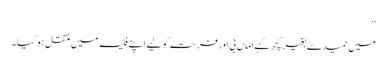
‘‘
میں حمید سے بغیر کچھ کہے اماں بی اور فرحت کو لیے اپنے فلیٹ میں منتقل ہو گیا۔